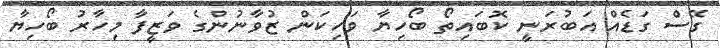
ގޭސް ގަޑެއް އަބުރަނީ ކޮބައިތޯ ބޯހިޔާ ވަހިކަން ޒުވާނުންގެ ވަޒީފާ މިހާރު ބޯހިޔާ